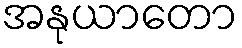
အနုယာတော